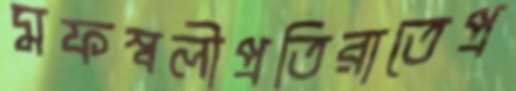
মফস্বলীপ্রতিরাতেপ্র